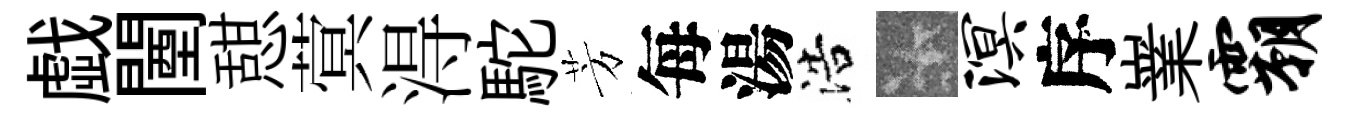
戯闉憇蓂淂駝芳每湯浩卡溟序嶪霸